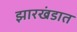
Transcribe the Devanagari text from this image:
झारखंडात